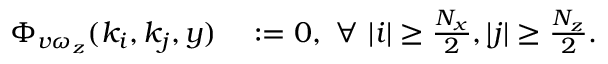
\begin{array} { r l } { \Phi _ { v \omega _ { z } } ( k _ { i } , k _ { j } , y ) } & { { } : = 0 , \ \forall \ | i | \geq \frac { N _ { x } } { 2 } , | j | \geq \frac { N _ { z } } { 2 } . } \end{array}